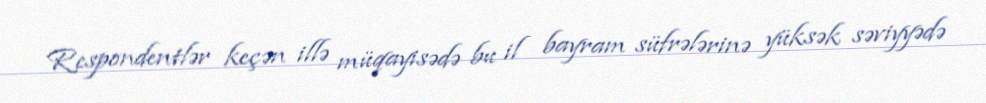
Respondentlər keçən illə müqayisədə bu il bayram süfrələrinə yüksək səviyyədə